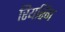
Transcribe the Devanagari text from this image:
रियरिंग